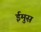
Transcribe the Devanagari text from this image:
ईमुस